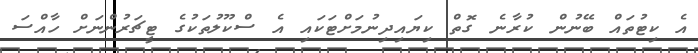
އެ ކިޓުތައް ބޭނުން ކުރާނެ ގޮތް ކިޔައިދިނުމަށްޓަކައި އެ ސްކޫލުތަކުގެ ޓީޗަރުންނަށް ހާއްސަ